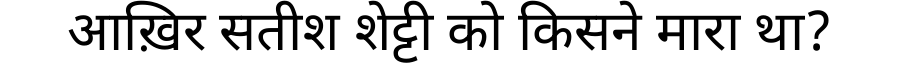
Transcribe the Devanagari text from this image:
आख़िर सतीश शेट्टी को किसने मारा था?